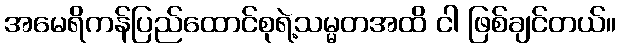
အမေရိကန်ပြည်ထောင်စုရဲ့သမ္မတအထိ ငါ ဖြစ်ချင်တယ်။